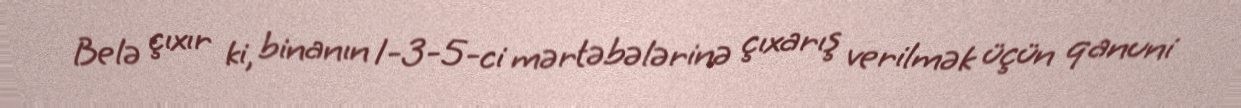
Belə çıxır ki, binanın 1-3-5-ci mərtəbələrinə çıxarış verilmək üçün qanuni